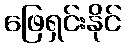
ဖြေရှင်းနိုင်